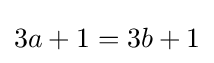
3a+1=3b+1